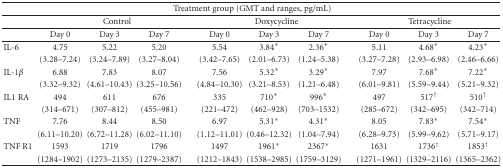
<table><thead><tr><td colspan="10"><b>Treatment group (GMT and ranges, pg/mL) </b></td></tr><tr><td></td><td colspan="3"><b>Control</b></td><td colspan="3"><b>Doxycycline</b></td><td colspan="3"><b>Tetracycline</b></td></tr></thead><tbody><tr><td></td><td>Day 0</td><td>Day 3</td><td>Day 7</td><td>Day 0</td><td>Day 3</td><td>Day 7</td><td>Day 0</td><td>Day 3</td><td>Day 7</td></tr><tr><td>IL-6</td><td>4.75</td><td>5.22</td><td>5.20</td><td>5.54</td><td>3.84*</td><td>2.36*</td><td>5.11</td><td>4.68*</td><td>4.23*</td></tr><tr><td></td><td>(3.28–7.24)</td><td>(3.24–7.89)</td><td>(3.27–8.04)</td><td>(3.42–7.65)</td><td>(2.01–6.73)</td><td>(1.24–5.38)</td><td>(3.27–7.28)</td><td>(2.93–6.98)</td><td>(2.46–6.66)</td></tr><tr><td>IL-1<i>β</i></td><td>6.88</td><td>7.83</td><td>8.07</td><td>7.56</td><td>5.32*</td><td>3.29*</td><td>7.97</td><td>7.68*</td><td>7.22*</td></tr><tr><td></td><td>(3.32–9.32)</td><td>(4.61–10.43)</td><td>(3.25–10.56)</td><td>(4.84–10.30)</td><td>(3.21–8.53)</td><td>(1.21–6.48)</td><td>(6.01–9.81)</td><td>(5.59–9.44)</td><td>(5.21–9.32)</td></tr><tr><td>IL1 RA</td><td>494</td><td>611</td><td>676</td><td>335</td><td>710*</td><td>996*</td><td>497</td><td>517<sup>†</sup></td><td>510<sup>†</sup></td></tr><tr><td></td><td>(314–671)</td><td>(307–812)</td><td>(455–981)</td><td> (221–472)</td><td>(462–928)</td><td>(703–1532)</td><td>(285–672)</td><td>(342–695)</td><td>(342–714)</td></tr><tr><td>TNF</td><td>7.76</td><td>8.44</td><td>8.50</td><td>6.97</td><td>5.31*</td><td>4.31*</td><td>8.05</td><td>7.83*</td><td>7.54*</td></tr><tr><td></td><td>(6.11–10.20)</td><td>(6.72–11.28)</td><td>(6.02–11.10)</td><td>(1.12–11.01)</td><td>(0.46–12.32)</td><td>(1.04–7.94)</td><td>(6.28–9.73)</td><td>(5.99–9.62)</td><td>(5.71–9.17)</td></tr><tr><td>TNF R1</td><td>1593</td><td>1719</td><td>1796</td><td>1497</td><td>1961*</td><td>2367*</td><td>1631</td><td>1736<sup>†</sup></td><td>1853<sup>†</sup></td></tr><tr><td></td><td>(1284–1902)</td><td>(1273–2135)</td><td>(1279–2387)</td><td>(1212–1843)</td><td>(1538–2985)</td><td>(1759–3129)</td><td>(1271–1961)</td><td>(1329–2116)</td><td>(1365–2362)</td></tr></tbody></table>